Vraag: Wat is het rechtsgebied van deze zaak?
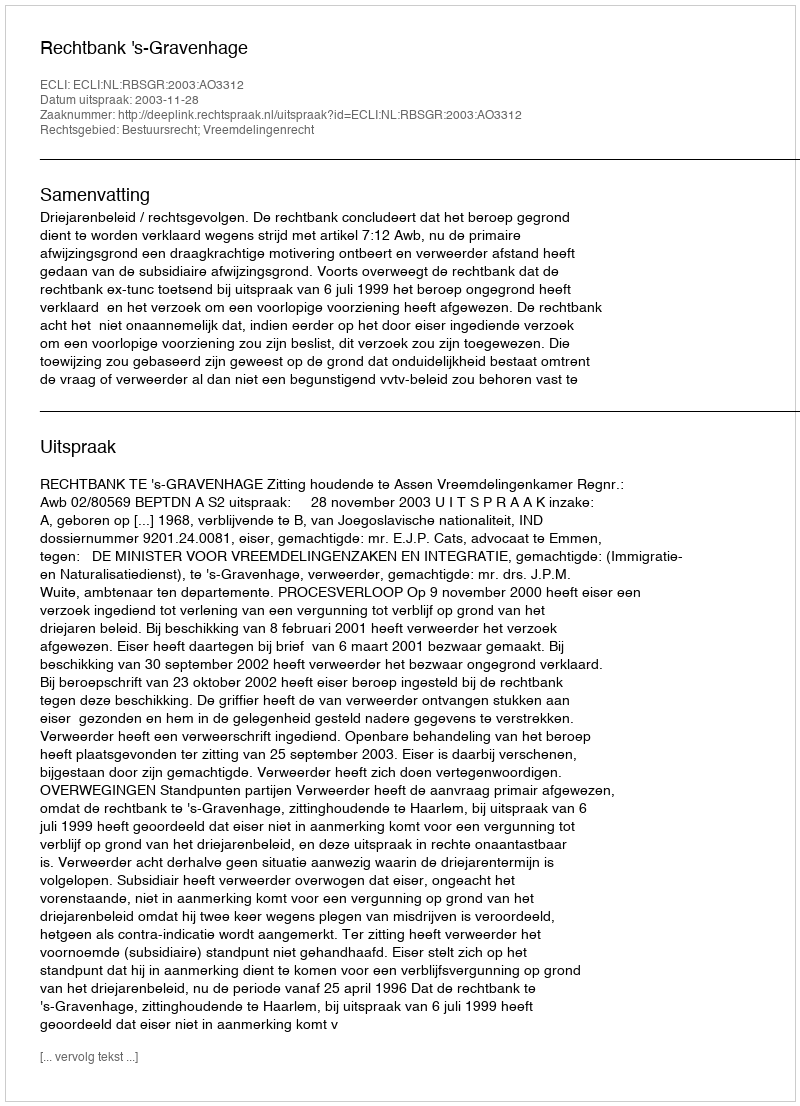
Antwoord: Bestuursrecht; Vreemdelingenrecht